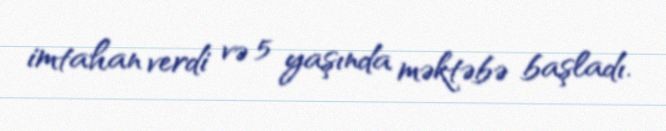
imtahan verdi və 5 yaşında məktəbə başladı.